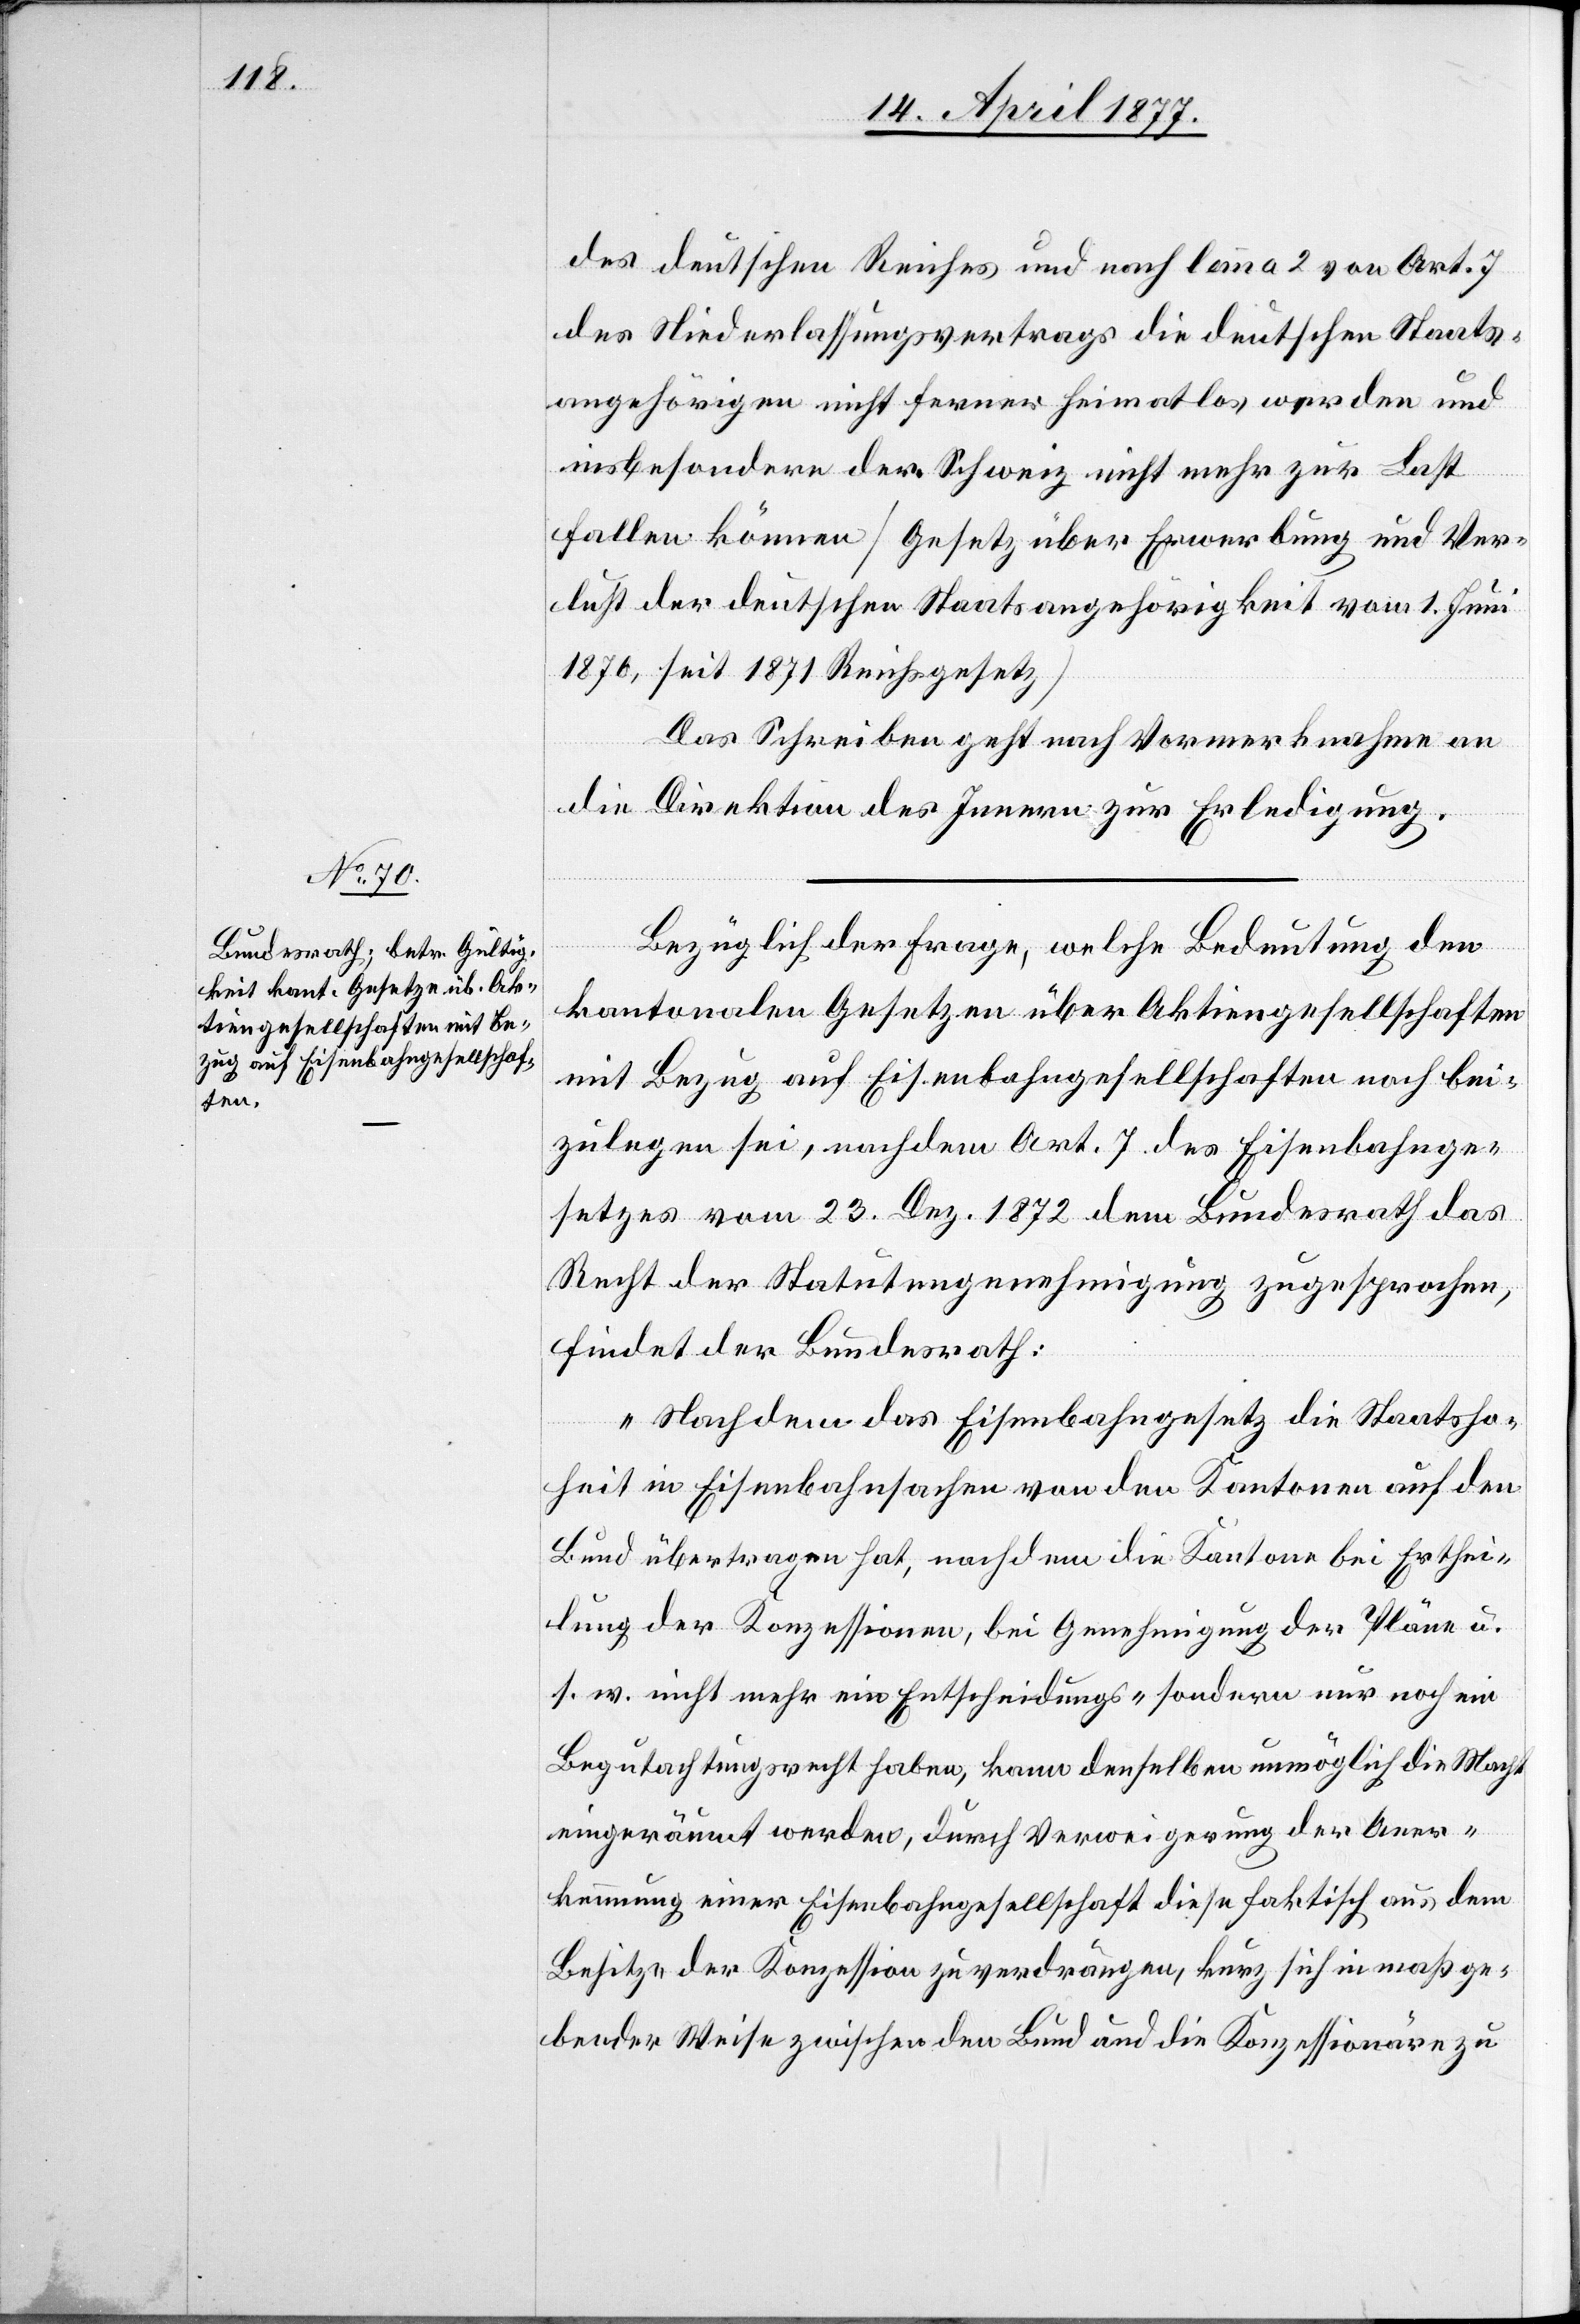
des deutschen Reiches und nach lemma 2 von Art. 7
des Niederlassungsvertrags die deutschen Staats¬
angehörigen nicht ferner heimatlos werden und
insbesondere der Schweiz nicht mehr zur Last
fallen können [Gesetz über Erwerbung und Ver¬
lust der deutschen Staatsangehörigkeit vom 1. Juni
1870, seit 1871 Reichsgesetz].
Das Schreiben geht nach Vormerknahme an
die Direktion des Innern zur Erledigung.
Bezüglich der Frage, welche Bedeutung den
kantonalen Gesetzen über Aktiengesellschaften
mit Bezug auf Eisenbahngesellschaften noch bei¬
zulegen sei, nachdem Art. 7 des Eisenbahnge¬
setzes vom 23. Dez. 1872 dem Bundesrath das
Recht der Statutengenehmigung zugesprochen,
findet der Bundesrath:
„Nachdem das Eisenbahngesetz die Staatsho¬
heit in Eisenbahnsachen von den Kantonen auf den
Bund übertragen hat, nachdem die Kantone bei Erthei¬
lung der Konzessionen, bei Genehmigung der Pläne u.
s. w. nicht mehr ein Entscheidungs- sondern nur noch ein
Begutachtungsrecht haben, kann denselben unmöglich die Macht
eigeräumt werden, durch Verweigerung der Aner¬
kennung einer Eisenbahngesellschaft diese faktisch aus dem
Besitze der Konzession zu verdrängen, kurz sich in maßge¬
bender Weise zwischen den Bund und die Konzessionäre zu